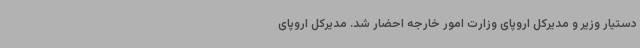
دستیار وزیر و مدیرکل اروپای وزارت امور خارجه احضار شد. مدیرکل اروپای